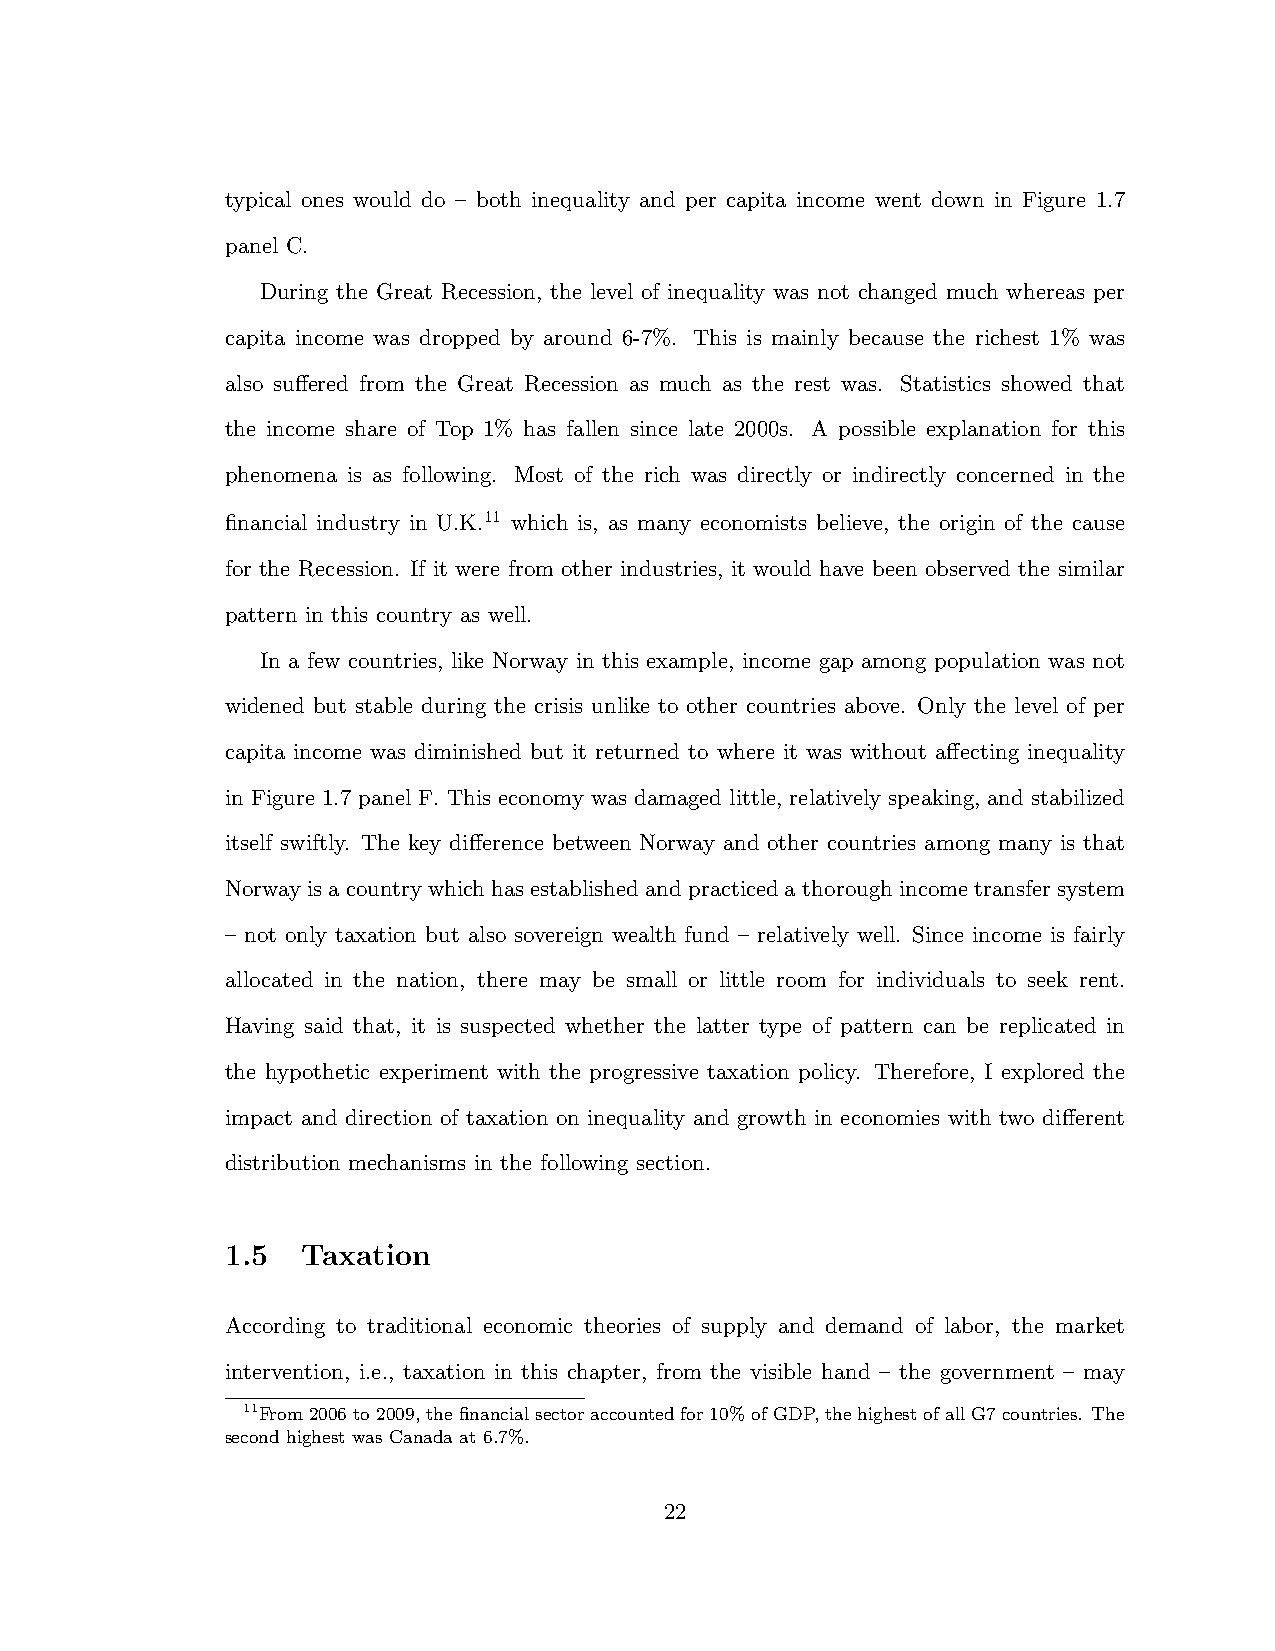
typical ones would do – both inequality and per capita income went down in Figure 1.7
 panel C.
 During the Great Recession, the level of inequality was not changed much whereas per
 capita income was dropped by around 6-7%. This is mainly because the richest 1% was
 also su↵ered from the Great Recession as much as the rest was. Statistics showed that
 the income share of Top 1% has fallen since late 2000s. A possible explanation for this
 phenomena is as following. Most of the rich was directly or indirectly concerned in the
 financial industry in U.K.11 which is, as many economists believe, the origin of the cause
 for the Recession. If it were from other industries, it would have been observed the similar
 pattern in this country as well.
 In a few countries, like Norway in this example, income gap among population was not
 widened but stable during the crisis unlike to other countries above. Only the level of per
 capita income was diminished but it returned to where it was without a↵ecting inequality
 in Figure 1.7 panel F. This economy was damaged little, relatively speaking, and stabilized
 itself swiftly. The key di↵erence between Norway and other countries among many is that
 Norwayisacountrywhichhasestablishedandpracticedathoroughincometransfersystem
 – not only taxation but also sovereign wealth fund – relatively well. Since income is fairly
 allocated in the nation, there may be small or little room for individuals to seek rent.
 Having said that, it is suspected whether the latter type of pattern can be replicated in
 the hypothetic experiment with the progressive taxation policy. Therefore, I explored the
 impact and direction of taxation on inequality and growth in economies with two di↵erent
 distribution mechanisms in the following section.
 1.5  Taxation
 According to traditional economic theories of supply and demand of labor, the market
 intervention, i.e., taxation in this chapter, from the visible hand – the government – may
 11From2006to2009,thefinancialsectoraccountedfor10%ofGDP,thehighestofallG7countries. The
 second highest was Canada at 6.7%.
 22